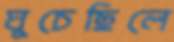
ঘুচেছিলে